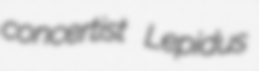
concertist Lepidus